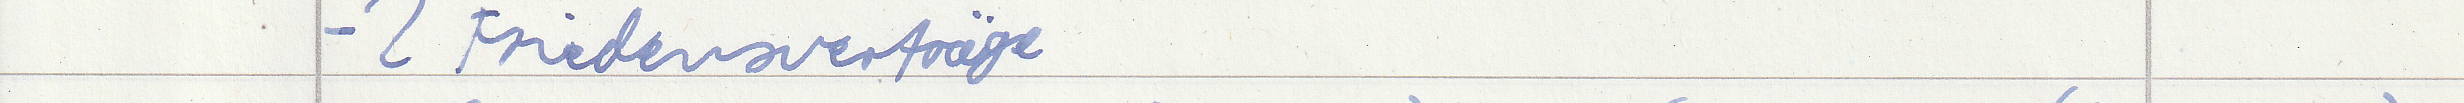
- 2 Friedensverträge